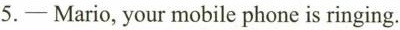
5.- Mario, your mobile phone is ringing.